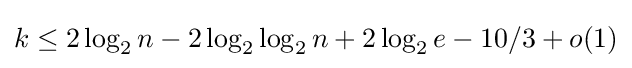
k\leq 2\log _{2}n-2\log _{2}\log _{2}n+2\log _{2}e-10/3+o(1)